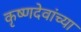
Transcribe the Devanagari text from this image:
कृष्णदेवांच्या